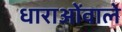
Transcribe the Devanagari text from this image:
धाराओंवाले